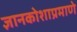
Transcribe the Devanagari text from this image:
ज्ञानकोशाप्रमाणे